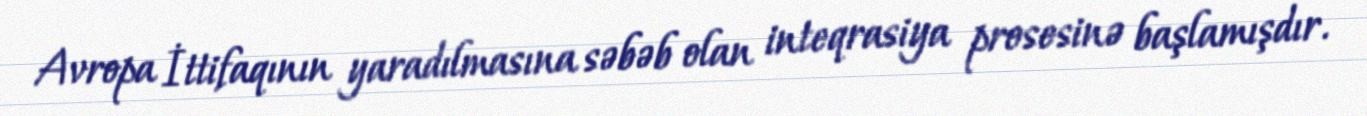
Avropa İttifaqının yaradılmasına səbəb olan inteqrasiya prosesinə başlamışdır.